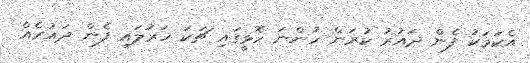
އެކަމަކު ފެން ދައުރު ކުރަން ހުންނަ ހޮޅީގައި ޗަކަ ހަރުލައި ފެން ދައުރެއް